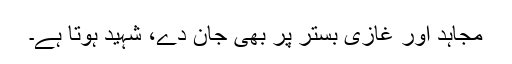
مجاہد اور غازی بستر پر بھی جان دے، شہید ہوتا ہے۔